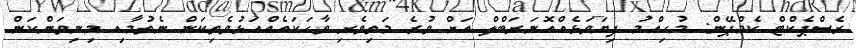
ރެސްޕެކްޓް ކެމްޕޭން: މުހިއްމު ފިޔަވަޅެއްއޮނަރަބްލް އަށް ވުރެ މަތިވެރި ވާހަކައެއްއަޅުވެތިކަން ނެތުމާއި މިނިވަންކަން